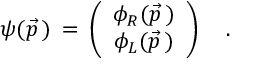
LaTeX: \psi ( \vec { p } \, ) \, = \, \left( \begin{array} { c c } { { \phi _ { R } ( \vec { p } \, ) } } \\ { { \phi _ { L } ( \vec { p } \, ) } } \end{array} \right) \quad .